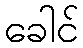
ခေါင်